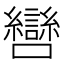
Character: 㘘